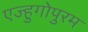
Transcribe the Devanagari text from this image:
एज्हुगोपुरम